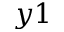
y 1